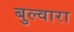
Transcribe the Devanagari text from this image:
बुल्वारा